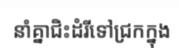
នាំគ្នាជិះដំរីទៅជ្រកក្នុង